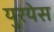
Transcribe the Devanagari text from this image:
युरयेस